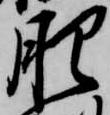
肥